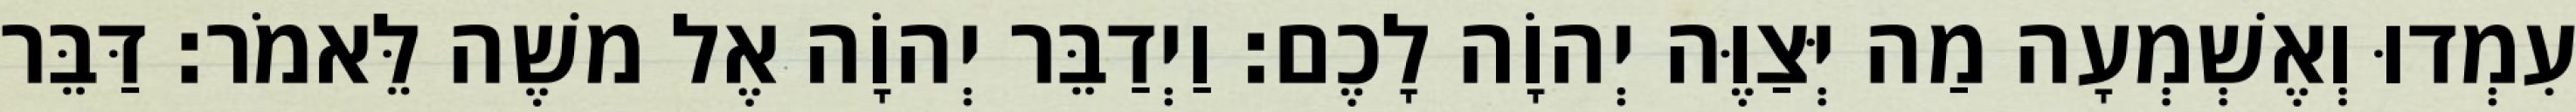
עִמְדוּ וְאֶשְׁמְעָה מַה יְּצַוֶּה יְהוָֹה לָכֶם׃ וַיְדַבֵּר יְהוָֹה אֶל משֶׁה לֵּאמֹר׃ דַּבֵּר